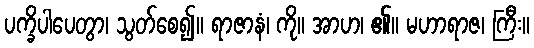
ပက္ခိပါပေတွာ၊ သွတ်စေ၍။ ရာဇာနံ၊ ကို။ အာဟ၊ ၏။ မဟာရာဇ၊ ကြီး။